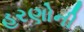
હરણોની